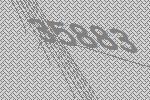
35883